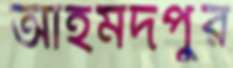
আহমদপুর